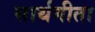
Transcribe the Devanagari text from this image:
सार्थगीता